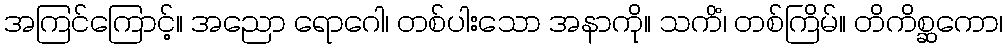
အကြင်ကြောင့်။ အညော ရောဂေါ၊ တစ်ပါးသော အနာကို။ သကိံ၊ တစ်ကြိမ်။ တိကိစ္ဆကော၊